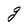
Character: g